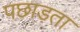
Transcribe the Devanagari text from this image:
पछाड़ता